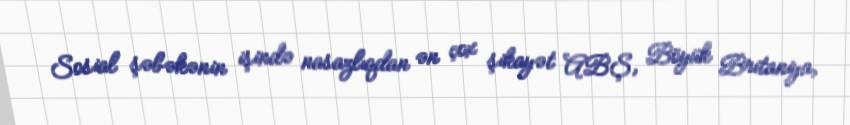
Sosial şəbəkənin işində nasazlıqdan ən çox şikayət ABŞ, Böyük Britaniya,